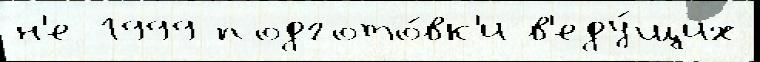
н'е 1999 подгото́вк'и в'еду́щих